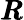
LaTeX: \pmb{R}